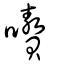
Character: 嚽